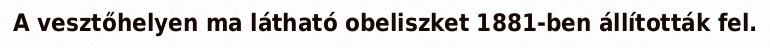
A vesztőhelyen ma látható obeliszket 1881-ben állították fel.